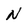
Character: N